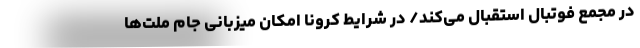
در مجمع فوتبال استقبال می‌کند/ در شرایط کرونا امکان میزبانی جام ملت‌ها